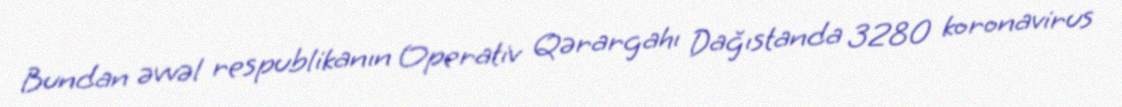
Bundan əvvəl respublikanın Operativ Qərargahı Dağıstanda 3280 koronavirus